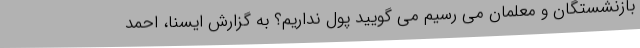
بازنشستگان و معلمان می رسیم می گویید پول نداریم؟ به گزارش ایسنا، احمد